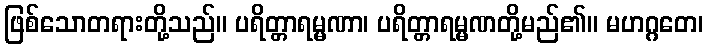
ဖြစ်သောတရားတို့သည်။ ပရိတ္တာရမ္မဏာ၊ ပရိတ္တာရမ္မဏတို့မည်၏။ မဟဂ္ဂတေ၊